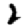
Digit: 2